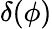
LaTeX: \delta(\phi)